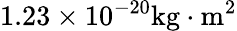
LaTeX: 1.23\times 10^{-20}\mathrm{kg\cdot m^{2}}